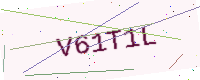
Text: V61T1L